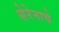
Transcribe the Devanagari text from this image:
सेरेनाचे